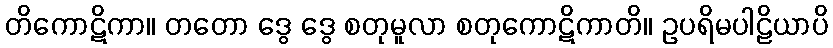
တိကောဋိကာ။ တတော ဒွေ ဒွေ စတုမူလာ စတုကောဋိကာတိ။ ဥပရိမပါဠိယာပိ